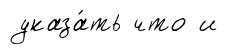
указа́ть что и